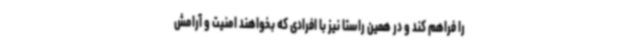
را فراهم کند و در همین راستا نیز با افرادی که بخواهند امنیت و آرامش